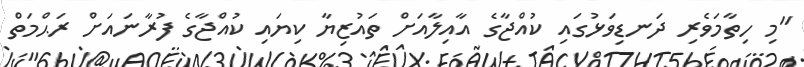
"މި ހިތާމަވެރި ދަނޑިވަޅުގައި ކުއްޖާގެ އާއިލާއަށް ތައުޒިޔާ ކިޔައި ކުއްޖާގެ ފުރާނައަށް ރަޙްމަތް